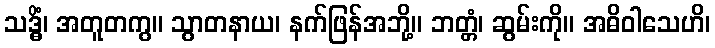
သဒ္ဓိံ၊ အတူတကွ။ သွာတနာယ၊ နက်ဖြန်အဘို့။ ဘတ္တံ၊ ဆွမ်းကို။ အဓိဝါသေဟိ၊